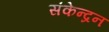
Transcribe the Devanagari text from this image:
संकेन्द्रन